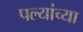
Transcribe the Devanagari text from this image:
पल्यांच्या